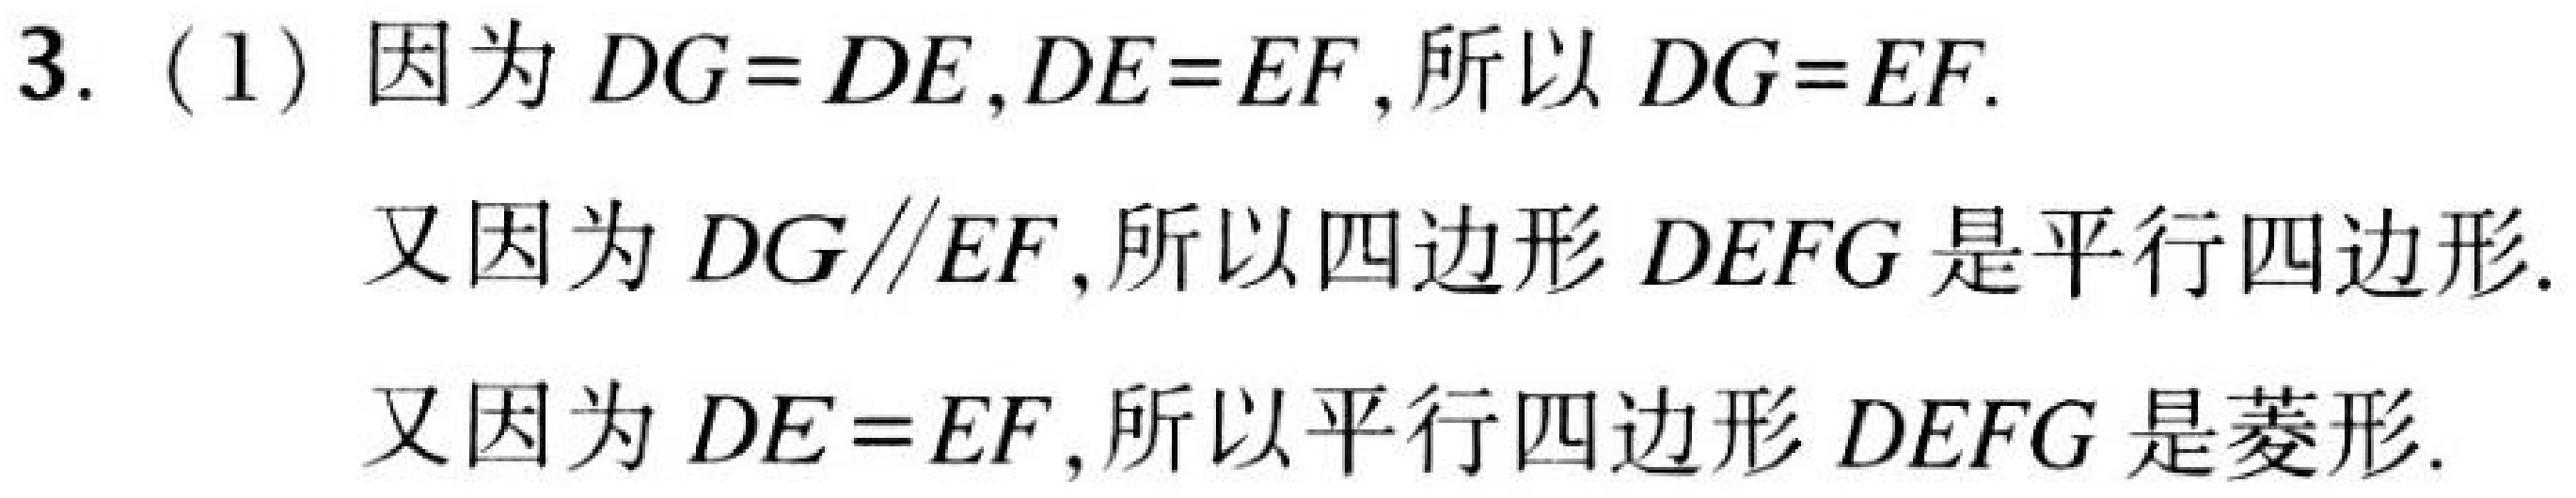
3. (1) 因为 \(DG = DE,DE = EF\),所以 \(DG = EF\).
又因为 \(DG\parallel EF\),所以四边形 \(DEFG\) 是平行四边形.
又因为 \(DE = EF\),所以平行四边形 \(DEFG\) 是菱形.